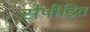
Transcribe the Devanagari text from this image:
सेपीड़ित